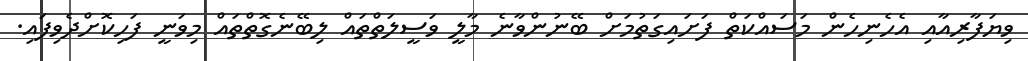
ވިޔަފާރިއާއި އެހެނިހެން މަސައްކަތް ފަށައިގަތުމަށް ބޭނުންވާނެ މާލީ ވަސީލަތްތައް ލިބޭނެގޮތްތައް މިވަނީ ފަހިކޮށްދެވިފައި.